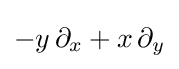
-y\,\partial _{x}+x\,\partial _{y}